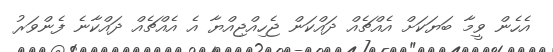
އެހެން ވީމާ ބަޔަކަށް އެއްޗެއް ދައްކަން ޖެހިއްޖިއްޔާ އެ އެއްޗެއް ދައްކާނެ ފެންވަރު